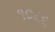
૧૦૬૬